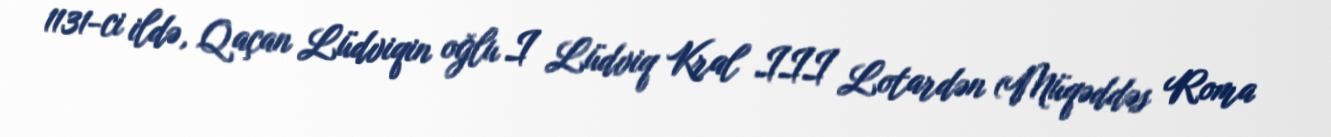
1131-ci ildə, Qaçan Lüdviqin oğlu I Lüdviq Kral III Lotardən (Müqəddəs Roma